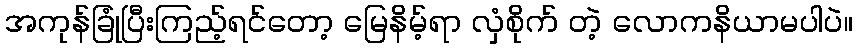
အကုန်ခြုံပြီးကြည့်ရင်တော့ မြေနိမ့်ရာ လှံစိုက် တဲ့ လောကနိယာမပါပဲ။